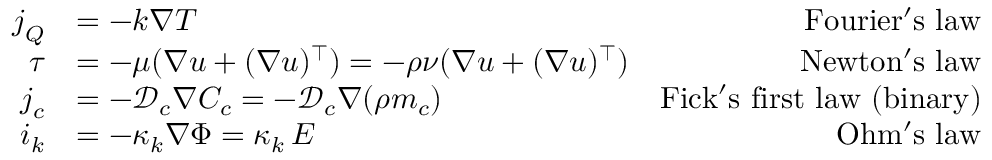
\begin{array} { r l r } { \boldsymbol { j } _ { Q } } & { = - k \nabla T } & { \mathrm { F o u r i e r ' s ~ l a w } } \\ { \boldsymbol { \tau } } & { = - \mu ( \nabla \boldsymbol { u } + ( \nabla \boldsymbol { u } ) ^ { \top } ) = - \rho \nu ( \nabla \boldsymbol { u } + ( \nabla \boldsymbol { u } ) ^ { \top } ) } & { \mathrm { N e w t o n ' s ~ l a w } } \\ { \boldsymbol { j } _ { c } } & { = - \mathcal { D } _ { c } \nabla C _ { c } = - \mathcal { D } _ { c } \nabla ( \rho m _ { c } ) } & { \mathrm { F i c k ' s ~ f i r s t ~ l a w ~ ( b i n a r y ) } } \\ { \boldsymbol { i } _ { k } } & { = - \kappa _ { k } \nabla \Phi = \kappa _ { k } \, \boldsymbol { E } } & { \mathrm { O h m ' s ~ l a w } } \end{array}